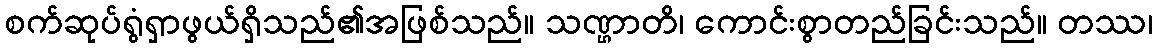
စက်ဆုပ်ရွံရှာဖွယ်ရှိသည်၏အဖြစ်သည်။ သဏ္ဌာတိ၊ ကောင်းစွာတည်ခြင်းသည်။ တဿ၊